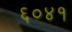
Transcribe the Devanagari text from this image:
६०४१